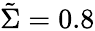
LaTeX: \tilde{\Sigma}=0.8